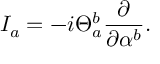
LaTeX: I _ { a } = - i \Theta _ { a } ^ { b } \frac { \partial } { \partial \alpha ^ { b } } .